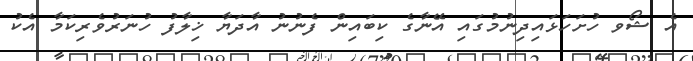
އެ ޝޯވ ހުށަހަޅައިދިނުމުގައި އޭނާގެ ކިބައިން ފެނުނު އާދަޔާ ޚިލާފު ހުނަރުވެރިކަމާ އެކު